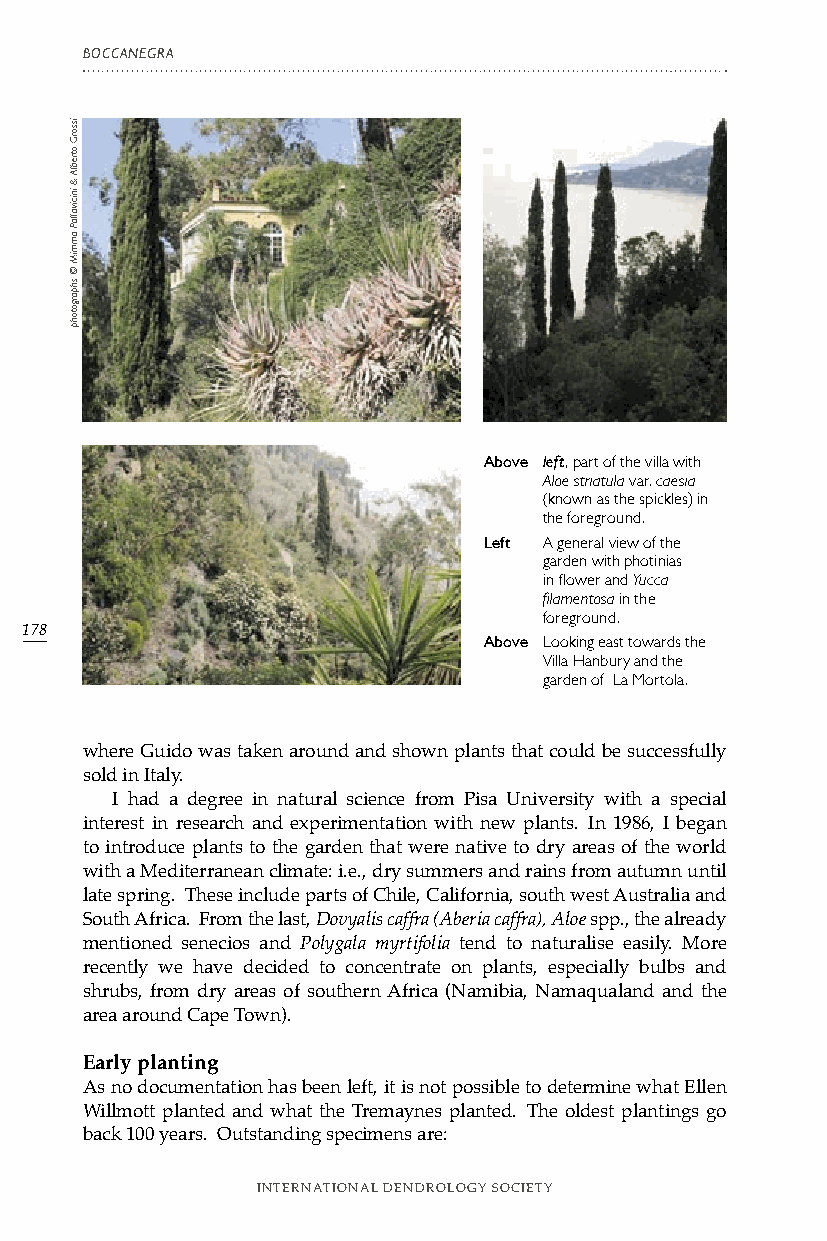
BOCCANEGRA
 Above left, part of the villa with
 Aloe striatula var. caesia
 (known as the spickles) in
 the foreground.
 Left A general view of the
 garden with photinias
 in flower and Yucca
 filamentosa in the
 foreground.
 178
 Above Looking east towards the
 Villa Hanbury and the
 garden of La Mortola.
 where Guido was taken around and shown plants that could be successfully
 sold in Italy.
 I had a degree in natural science from Pisa University with a special
 interest in research and experimentation with new plants. In 1986, I began
 to introduce plants to the garden that were native to dry areas of the world
 with a Mediterranean climate: i.e., dry summers and rains from autumn until
 late spring. These include parts of Chile, California, south west Australia and
 South Africa. From the last, Dovyalis caffra (Aberia caffra), Aloe spp., the already
 mentioned senecios and Polygala myrtifolia tend to naturalise easily. More
 recently we have decided to concentrate on plants, especially bulbs and
 shrubs, from dry areas of southern Africa (Namibia, Namaqualand and the
 area around Cape Town).
 Early planting
 As no documentation has been left, it is not possible to determine what Ellen
 Willmott planted and what the Tremaynes planted. The oldest plantings go
 back 100 years. Outstanding specimens are:
 INTERNATIONAL DENDROLOGY SOCIETY
 issorG
 otreblA
 &
 inicivallaP
 ammiM
 ©
 shpargotohp